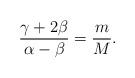
LaTeX: \begin{align*}\frac{\gamma+2\beta}{\alpha-\beta}=\frac{m}{M}.\end{align*}